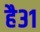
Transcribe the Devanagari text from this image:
है३१